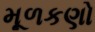
મૂળકણો